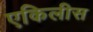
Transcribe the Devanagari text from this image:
एकिलीस